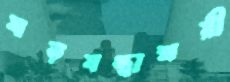
ষড়যন্ত্রাশ্রয়ী